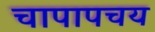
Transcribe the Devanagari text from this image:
चापापचय